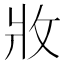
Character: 𭷁